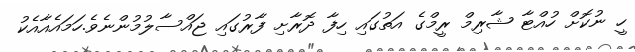
ހީ ނުކޮށް ހުއްޓާ ޝާރިމް ރީމްގެ އަތުގައި ހިފާ ދޮރާށި ފާރުގައި ޖައްސާލުމުންނެވެ.ހަމައެއާއެކު